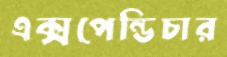
এক্সপেন্ডিচার